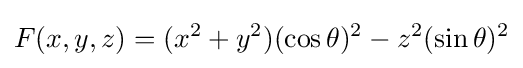
F(x,y,z)=(x^{2}+y^{2})(\cos \theta )^{2}-z^{2}(\sin \theta )^{2}